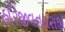
હરિજીવનદાસજી